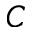
C